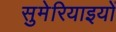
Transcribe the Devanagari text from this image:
सुमेरियाइयों